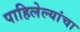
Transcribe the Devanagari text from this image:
पाहिलेल्यांचा